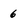
Character: 6